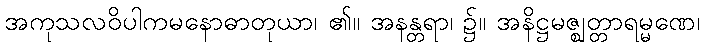
အကုသလဝိပါကမနောဓာတုယာ၊ ၏။ အနန္တရာ၊ ၌။ အနိဋ္ဌမဇ္ဈတ္တာရမ္မဏေ၊